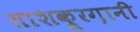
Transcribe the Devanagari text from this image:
ताशक़ूरग़ानी